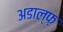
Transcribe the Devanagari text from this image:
अडाल्फ़